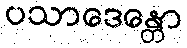
ပသာဒေန္တော